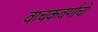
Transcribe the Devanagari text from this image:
वाचकवर्गाचो